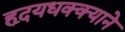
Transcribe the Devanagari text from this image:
हृदयधक्क्याने